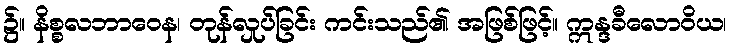
၌။ နိစ္စလဘာဝေန၊ တုန်လှုပ်ခြင်း ကင်းသည်၏ အဖြစ်ဖြင့်။ ဣန္ဒခီလောဝိယ၊